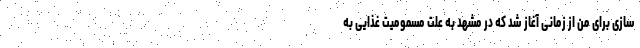
سازی برای من از زمانی آغاز شد که در مشهد به علت مسمومیت غذایی به